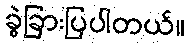
ခွဲခြားပြပါတယ်။